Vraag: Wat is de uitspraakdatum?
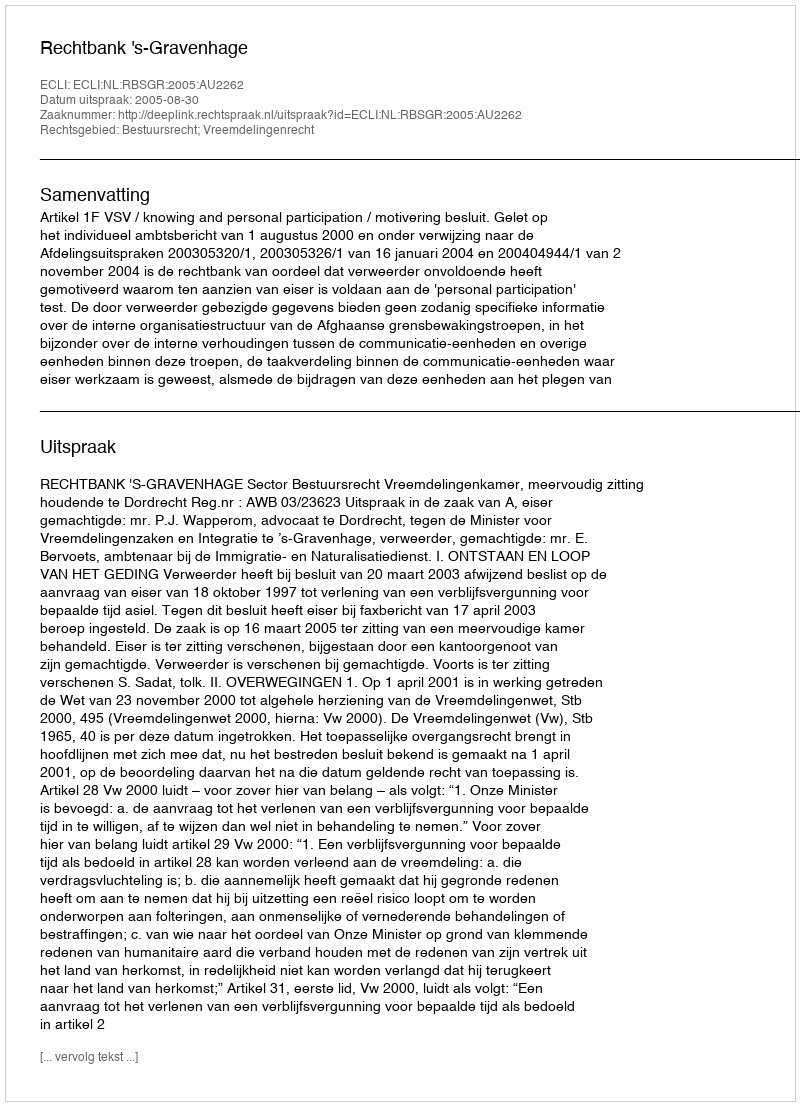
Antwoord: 2005-08-30